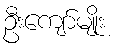
ဦးကျော်မျိုး